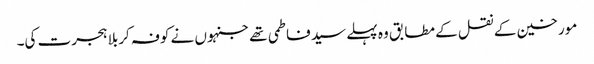
مورخین کے نقل کے مطابق وہ پہلے سید فاطمی تھے جنہوں نے کوفہ کربلا ہجرت کی۔